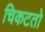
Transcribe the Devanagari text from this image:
चिकटतो